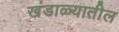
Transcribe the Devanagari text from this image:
खंडाळ्यातील